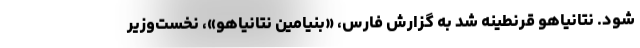
شود. نتانیاهو قرنطینه شد به گزارش فارس، «بنیامین نتانیاهو»، نخست‌وزیر